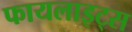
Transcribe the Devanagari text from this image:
फायलाइट्स